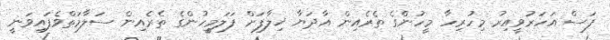
ފަސް އަހަރުވީއިރު މިހުރިހާ މީހުންގެ ތެރެއިން އާދަޔާ ޚިލާފަށް ފަލަމީހުންގެ ތެރެއިން ސަލާމަތްވެފައިވަނީ